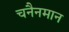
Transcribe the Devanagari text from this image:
चनैनमान